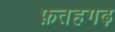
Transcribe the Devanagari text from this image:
फ़तहगढ़